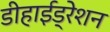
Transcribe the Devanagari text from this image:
डीहाईड्रेशन